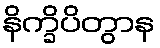
နိက္ခိပိတွာန